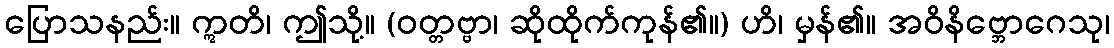
ပြောသနည်း။ ဣတိ၊ ဤသို့။ (ဝတ္တဗ္ဗာ၊ ဆိုထိုက်ကုန်၏။) ဟိ၊ မှန်၏။ အဝိနိဗ္ဘောဂေသု၊